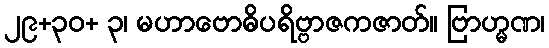
၂၉+၃၀+ ၃၊ မဟာဗောဓိပရိဗ္ဗာဇကဇာတ်။ ဗြာဟ္မဏ၊